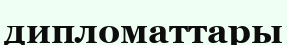
дипломаттары